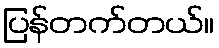
ပြန်တက်တယ်။